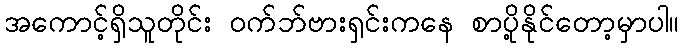
အကောင့်ရှိသူတိုင်း ဝက်ဘ်ဗားရှင်းကနေ စာပို့နိုင်တော့မှာပါ။